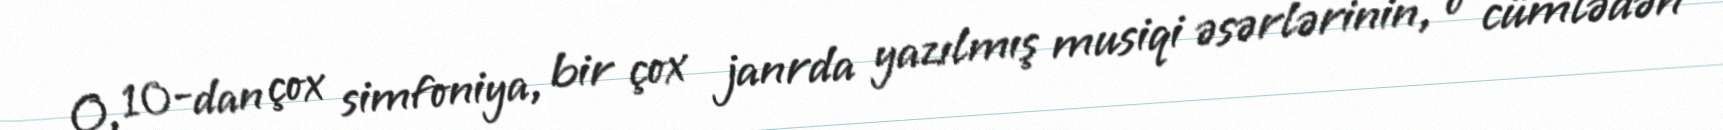
O, 10-dan çox simfoniya, bir çox janrda yazılmış musiqi əsərlərinin, o cümlədən